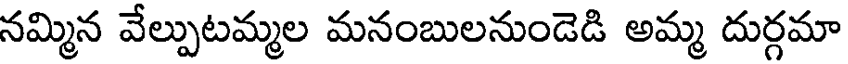
నమ్మిన వేల్పుటమ్మల మనంబులనుండెడి అమ్మ దుర్గమా